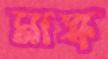
মাস্ক